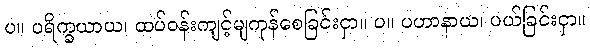
ပ။ ပရိက္ခယာယ၊ ထပ်ဝန်းကျင့်မျကုန်စေခြင်းငှာ။ ပ။ ပဟာနာယ၊ ပယ်ခြင်းငှာ။